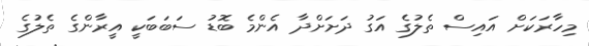
މިހާރަކަށް އައިސް ތެލުގެ އަގު ދަށަށްދާ އެންމެ ބޮޑު ސަބަބަކީ އީރާންގެ ތެލުގެ